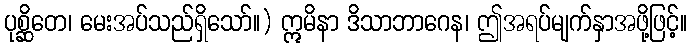
ပုစ္ဆိတေ၊ မေးအပ်သည်ရှိသော်။) ဣမိနာ ဒိသာဘာဂေန၊ ဤအရပ်မျက်နှာအဖို့ဖြင့်။